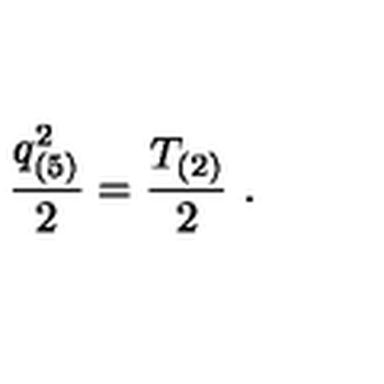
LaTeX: { \frac { q _ { ( 5 ) } ^ { 2 } } { 2 } } = { \frac { T _ { ( 2 ) } } { 2 } } \ .